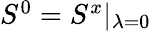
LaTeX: \begin{array}{r}{S^{0}=S^{x}\vert_{\lambda=0}}\end{array}